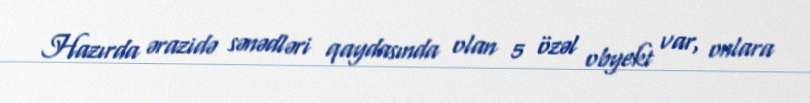
Hazırda ərazidə sənədləri qaydasında olan 5 özəl obyekt var, onlara